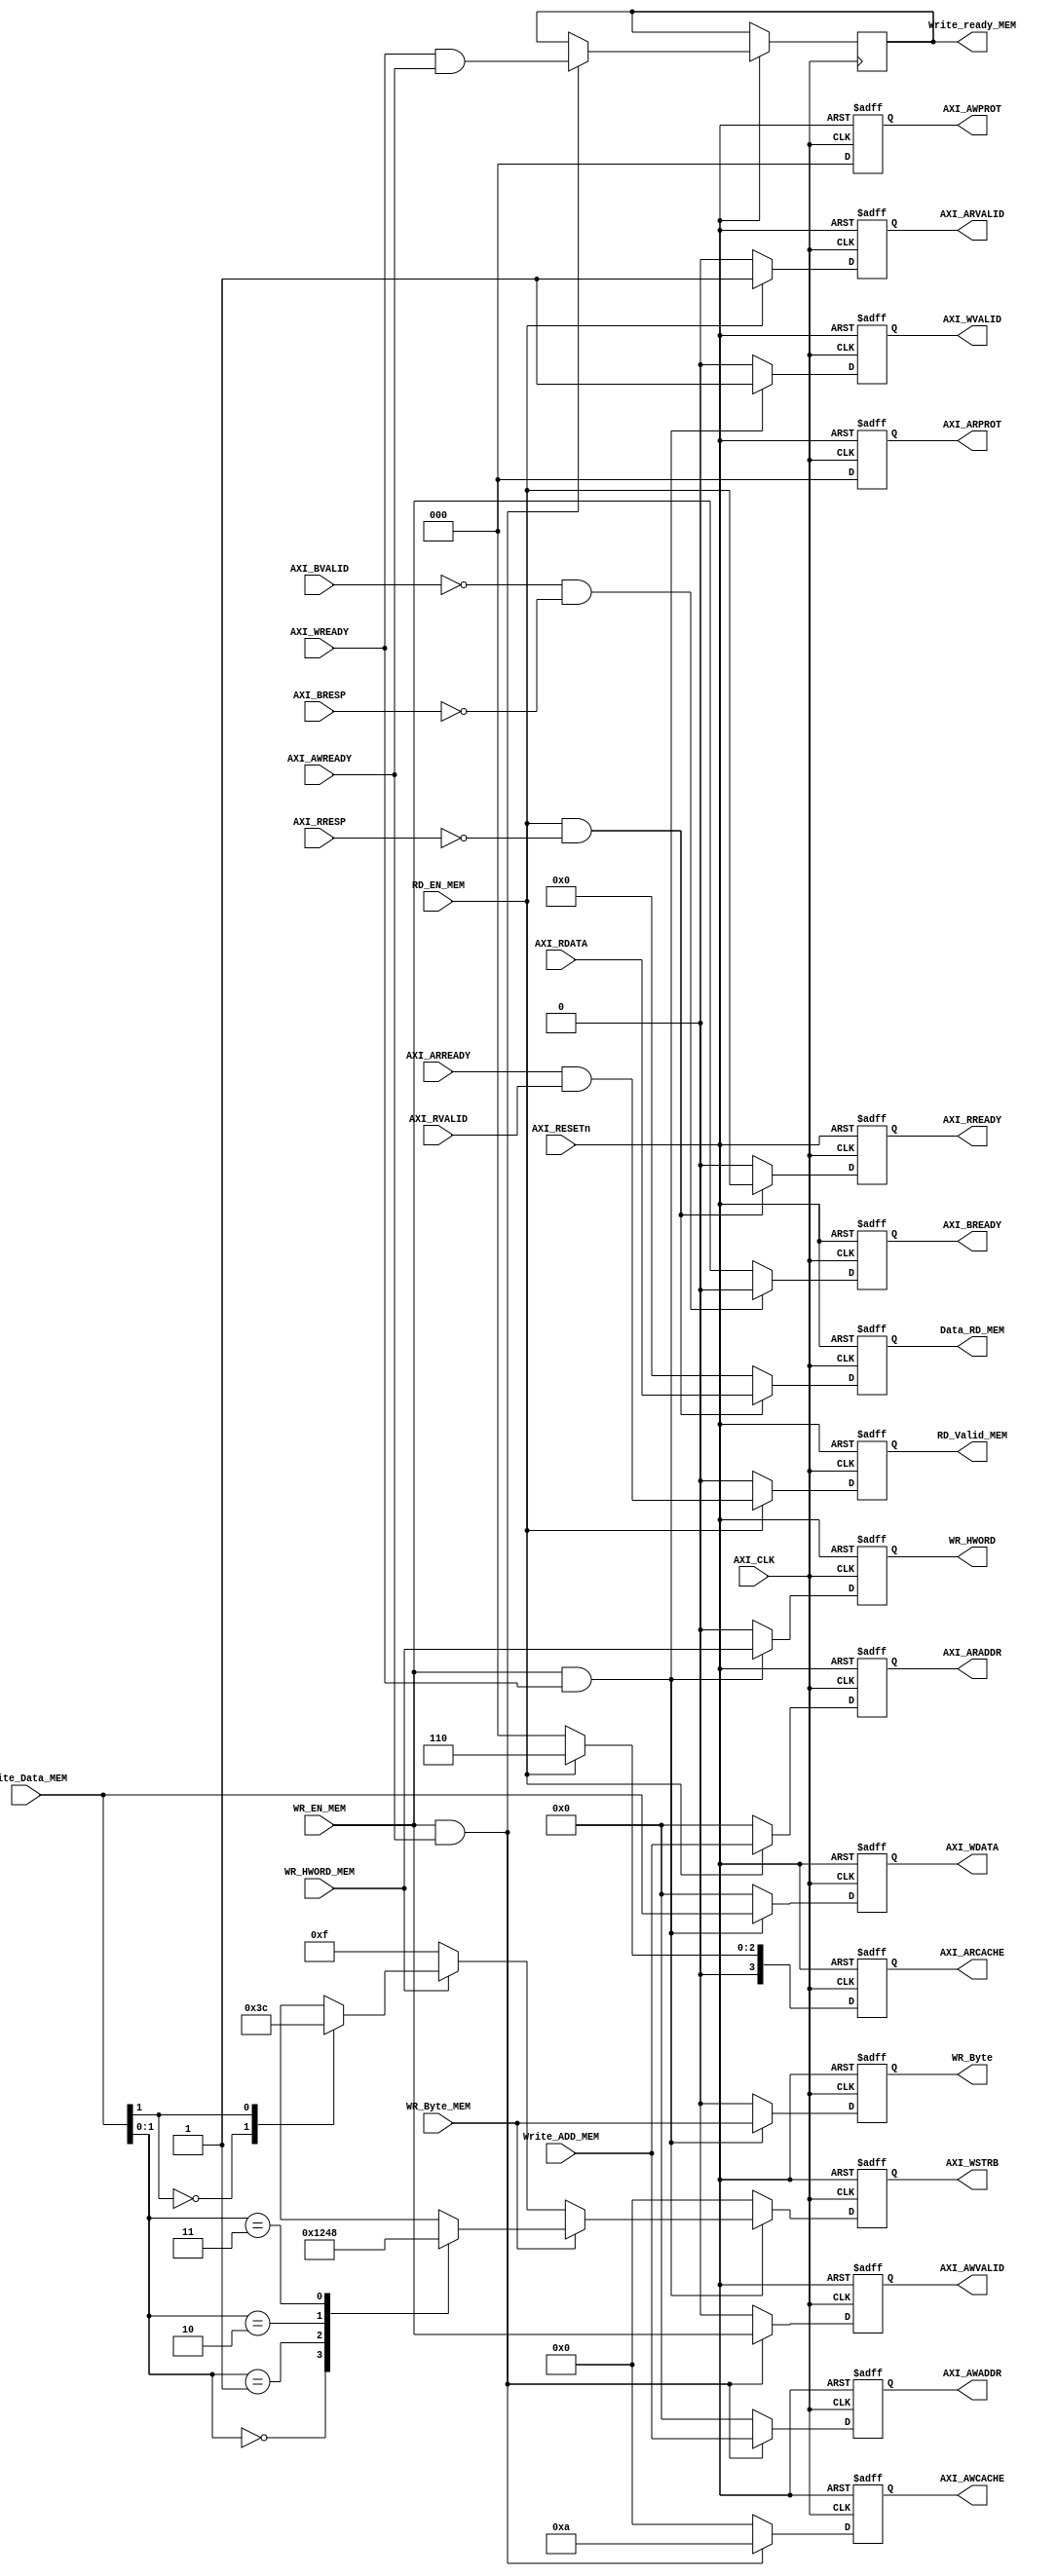
`define OFFSET 1:0		// position of offset in address

module D_Cache_AXI #(

parameter N_WORD = 4 ,
parameter WIDTH_DATA_W = 32 ,
parameter DATA = 32 ,
parameter WIDTH_ADD = 32 

) 

(
// signal Between D_Cache & D_Cache_AXI
input	wire	[WIDTH_DATA_W-1:0]		Write_ADD_MEM ,		
input	wire	[WIDTH_DATA_W-1:0]		Write_Data_MEM ,		
input	wire							WR_Byte_MEM ,		
input	wire							WR_HWORD_MEM ,		
input	wire							WR_EN_MEM ,		
input	wire							RD_EN_MEM ,		

output	reg		[DATA*N_WORD-1:0]		Data_RD_MEM ,	//	
output	reg								Write_ready_MEM ,				
output	reg								RD_Valid_MEM ,

// signal Between D_Cache_AXI & MEMORY
output	reg								WR_Byte ,
output	reg								WR_HWORD ,

// input Global signals
input	wire							AXI_CLK ,
input	wire							AXI_RESETn ,

// Write address channel signals
// input
input	wire							AXI_AWREADY ,
// output
output	reg								AXI_AWVALID ,				
output	reg		[2:0]					AXI_AWPROT ,		
output	reg		[WIDTH_ADD-1:0]			AXI_AWADDR ,		
output	reg		[3:0]					AXI_AWCACHE ,

// Write data channel signals
// input
input	wire							AXI_WREADY ,
// output
output	reg								AXI_WVALID ,				
output	reg		[WIDTH_DATA_W-1:0]		AXI_WDATA ,		
output	reg		[3:0]					AXI_WSTRB , //


// Write response channel signals
// input
input	wire							AXI_BVALID ,
input	wire	[1:0]					AXI_BRESP ,		
// output
output	reg								AXI_BREADY , //

//  Read address channel signals
// input
input	wire							AXI_ARREADY ,
// output
output	reg								AXI_ARVALID ,				
output	reg		[2:0]					AXI_ARPROT ,		
output	reg		[WIDTH_ADD-1:0]			AXI_ARADDR ,		
output	reg		[3:0]					AXI_ARCACHE ,

//  Read data channel signals
// input
input	wire							AXI_RVALID ,
input	wire	[DATA*N_WORD-1:0]		AXI_RDATA ,	
input	wire	[1:0]					AXI_RRESP ,		
// output
output	reg								AXI_RREADY 	//			

);


// Write address channel signals

always @(posedge AXI_CLK or negedge AXI_RESETn) begin
	if (~AXI_RESETn) begin
		AXI_AWPROT <= 3'b000 ;
		AXI_AWADDR <= 'b0 ;
		AXI_AWCACHE <= 4'b0000 ;
		AXI_AWVALID <= 1'b0 ;		
	end
	else if (WR_EN_MEM && AXI_AWREADY) begin
		AXI_AWADDR <= Write_ADD_MEM ;
		AXI_AWCACHE <= 4'b1010 ;
		AXI_AWPROT <= 3'b000 ; // normal mode , data access
		AXI_AWVALID <= WR_EN_MEM ;
		Write_ready_MEM <= AXI_WREADY && AXI_AWREADY ;
	end
	else begin
		AXI_AWPROT <= 3'b000 ;
		AXI_AWADDR <= 'b0 ;
		AXI_AWCACHE <= 4'b0000 ;
		AXI_AWVALID <= 1'b0 ;	
	end
end


// Write data channel signals

always @(posedge AXI_CLK or negedge AXI_RESETn) begin
	if (~AXI_RESETn) begin
		AXI_WSTRB <= 4'b0000 ;
		AXI_WDATA <= 'b0 ;
		AXI_WDATA <= 'b0 ;
		AXI_WVALID <= 1'b0 ;	
		WR_Byte <= 1'b0 ;	
		WR_HWORD <= 1'b0 ;	
	end	
	else if (WR_EN_MEM && AXI_WREADY) begin

		AXI_WDATA <= Write_Data_MEM ;
		AXI_WDATA <= Write_Data_MEM ;	
		WR_Byte <= WR_Byte_MEM ;	
		WR_HWORD <= WR_HWORD_MEM ;	
		AXI_WVALID <= 1'b1 ;	

		if (WR_Byte_MEM) begin
			case(Write_Data_MEM[`OFFSET])
			2'b00: AXI_WSTRB <= 4'b0001 ;
			2'b01: AXI_WSTRB <= 4'b0010 ;
			2'b10: AXI_WSTRB <= 4'b0100 ;
			2'b11: AXI_WSTRB <= 4'b1000 ;
			endcase
		end
		else if (WR_HWORD_MEM) begin
			case(Write_Data_MEM[1])
			1'b0: AXI_WSTRB <= 4'b0011 ;
			1'b1: AXI_WSTRB <= 4'b1100 ;
			endcase
		end
		else begin
			AXI_WSTRB <= 4'b1111 ;
		end
	end
	else begin
		AXI_WVALID <= 1'b0 ;
		AXI_WSTRB <= 4'b0000 ;
		AXI_WDATA <= 'b0 ;
		AXI_WDATA <= 'b0 ;
		WR_Byte <= 1'b0 ;	
		WR_HWORD <= 1'b0 ;	
	end
end


// Write response channel signals

always @(posedge AXI_CLK or negedge AXI_RESETn) begin
	if (~AXI_RESETn) begin
		AXI_BREADY <= 1'b0 ;	
	end
	else if (~AXI_BVALID && AXI_BRESP == 2'b00) begin
		AXI_BREADY <= 1'b0 ;
	end
	else begin
		AXI_BREADY <= WR_EN_MEM ;
	end
end

//  Read address channel signals

always @(posedge AXI_CLK or negedge AXI_RESETn) begin
	if (~AXI_RESETn) begin
		AXI_ARVALID <= 1'b0 ;
		AXI_ARPROT <= 3'b000 ;
		AXI_ARADDR <= 'b0 ;
		AXI_ARCACHE <= 4'b0000 ;
		RD_Valid_MEM <= 1'b0 ;		
	end
	else if (RD_EN_MEM) begin
		AXI_ARVALID <= RD_EN_MEM ;
		AXI_ARPROT <= 3'b000 ; // normal mode , data access
		AXI_ARADDR <= Write_ADD_MEM ;
		AXI_ARCACHE <= 4'b0110 ;
		RD_Valid_MEM <= AXI_ARREADY && AXI_RVALID ;
	end
	else begin
		AXI_ARVALID <= 1'b0 ;
		AXI_ARPROT <= 3'b000 ;
		AXI_ARADDR <= 'b0 ;
		AXI_ARCACHE <= 4'b0000 ;
		RD_Valid_MEM <= 1'b0 ;			
	end
end

//  Read data channel signals
always @(posedge AXI_CLK or negedge AXI_RESETn) begin
	if (~AXI_RESETn) begin
		AXI_RREADY <= 1'b0 ;
		Data_RD_MEM <= 'b0 ;		
	end
	else if (RD_EN_MEM && AXI_RRESP == 2'b00) begin
		AXI_RREADY <= RD_EN_MEM ;
		Data_RD_MEM <= AXI_RDATA ;		
	end
	else begin
		AXI_RREADY <= 1'b0 ;
		Data_RD_MEM <= 'b0 ;		
	end
end

endmodule